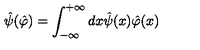
\hat { \psi } ( \hat { \varphi } ) = \int _ { - \infty } ^ { + \infty } d x \hat { \psi } ( x ) \hat { \varphi } ( x )